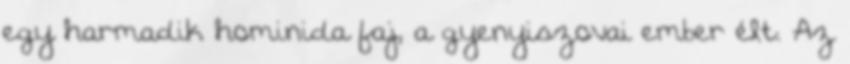
egy harmadik hominida faj, a gyenyiszovai ember élt. Az